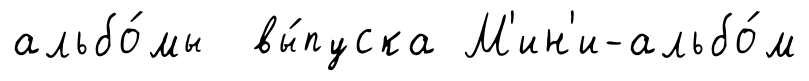
альбо́мы вы́пуска М'ин'и-альбо́м